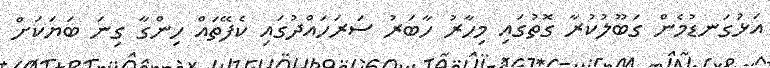
އަޅުގަނޑުމެން ގަބޫލުކުރާ ގޮތުގައި މިހާރު ހާބަރު ސަރަހައްދުގައި ކެފޭތައް ހިންގާ ގިނަ ބަޔަކަށް